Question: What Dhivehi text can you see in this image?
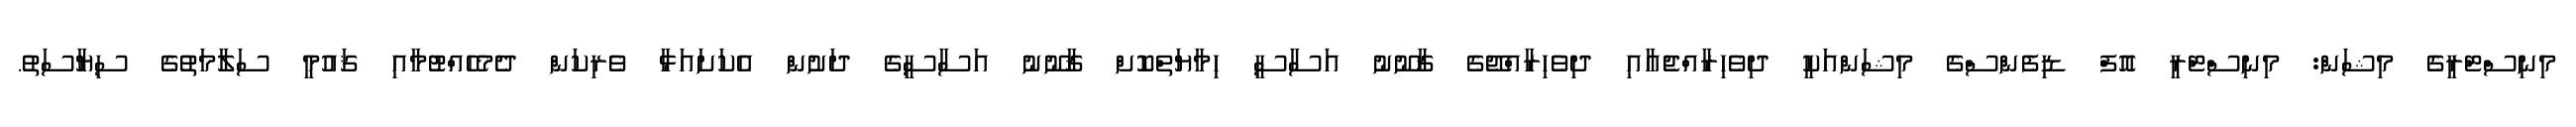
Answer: މިނިސްޓްރީގެ މިޝަން: މިނިސްޓްރީ އޮފް ޑިފެންސްގެ މިޝަންއަކީ ދިވެހިރާއްޖެއާއި ދިވެހިރާއްޖޭގެ ޤާނޫނު އަސާސީ ޙިމާޔަތްކޮށް ޤާނޫނު އަސާސީގެ ދަށުން އެކަށައަޅާ ވެރިކަން ދެމެހެއްޓުމާއި ޤައުމީ ސަލާމަތުގެ ސިޔާސަތު.